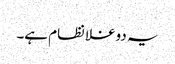
یہ دوغلا نظام ہے۔